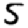
Digit: 5